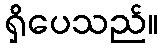
ရှိပေသည်။